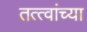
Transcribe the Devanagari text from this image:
तत्‍त्वांच्या